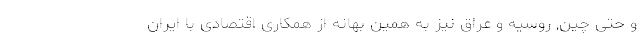
و حتی چین, روسیه و عراق نیز به همین بهانه از همکاری اقتصادی با ایران